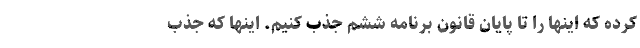
کرده که اینها را تا پایان قانون برنامه ششم جذب کنیم. اینها که جذب